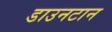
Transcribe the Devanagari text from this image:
डाउनटान